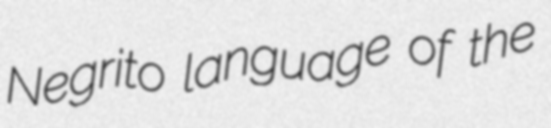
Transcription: Negrito language of the